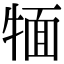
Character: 𤚛